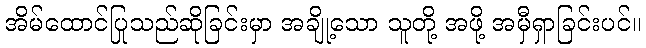
အိမ်ထောင်ပြုသည်ဆိုခြင်းမှာ အချို့သော သူတို့ အဖို့ အမှီရှာခြင်းပင်။